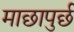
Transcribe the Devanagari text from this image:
माछापुर्छ